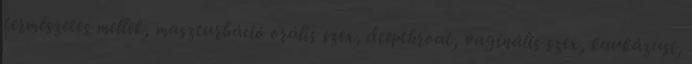
természetes mellek, maszturbáció orális szex, deepthroat, vaginális szex, kaukázusi,